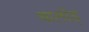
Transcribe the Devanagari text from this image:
थालोड्